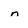
Character: n